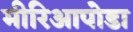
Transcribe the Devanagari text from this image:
मीरिआपोडा